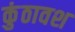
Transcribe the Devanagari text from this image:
कुंठावश